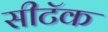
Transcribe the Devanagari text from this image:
सीटॅक